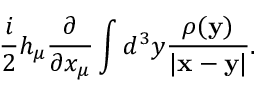
\frac { i } { 2 } h _ { \mu } \frac { \partial } { \partial x _ { \mu } } \int d ^ { 3 } y \frac { \rho ( { \bf y } ) } { | { \bf x } - { \bf y } | } .